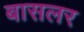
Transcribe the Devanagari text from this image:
बासलर